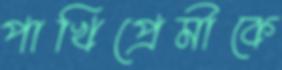
পাখিপ্রেমীকে